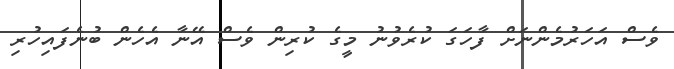
ވެސް އަހަރުމެންނަށް ފާހަގަ ކުރެވުނު މީގެ ކުރިން ވެސް އޭނާ އެހެން ބުނެފައިހުރި